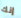
إنك